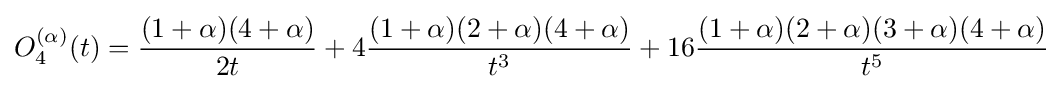
O_{4}^{(\alpha )}(t)={\frac {(1+\alpha )(4+\alpha )}{2t}}+4{\frac {(1+\alpha )(2+\alpha )(4+\alpha )}{t^{3}}}+16{\frac {(1+\alpha )(2+\alpha )(3+\alpha )(4+\alpha )}{t^{5}}}